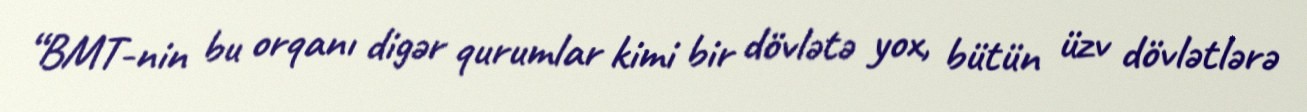
“BMT-nin bu orqanı digər qurumlar kimi bir dövlətə yox, bütün üzv dövlətlərə